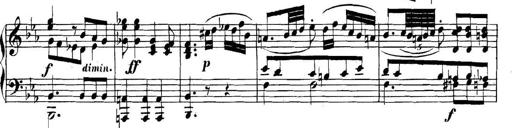
Title: Collected Piano Sonatas
Composer: Muzio Clementi